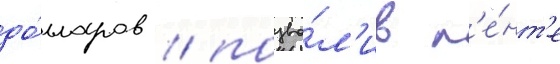
до́лларов / позво́л'ив л'е́нт'е